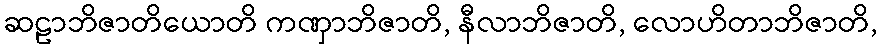
ဆဠာဘိဇာတိယောတိ ကဏှာဘိဇာတိ, နီလာဘိဇာတိ, လောဟိတာဘိဇာတိ,